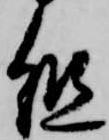
組